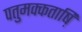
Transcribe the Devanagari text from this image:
पतुमक्कताष़ि